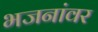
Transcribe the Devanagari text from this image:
भजनांवर